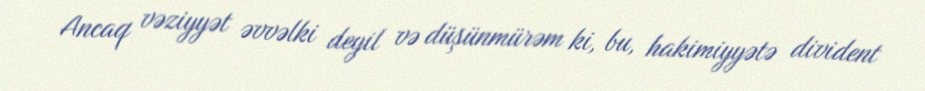
Ancaq vəziyyət əvvəlki deyil və düşünmürəm ki, bu, hakimiyyətə divident